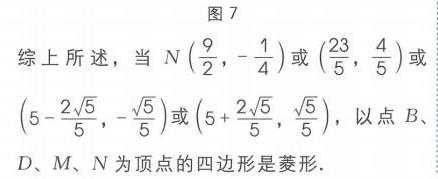
图7
综上所述，当\(N(\frac{9}{2},-\frac{1}{4})\)或\((\frac{23}{5},\frac{4}{5})\)或\((5 - \frac{2\sqrt{5}}{5},-\frac{\sqrt{5}}{5})\)或\((5+\frac{2\sqrt{5}}{5},\frac{\sqrt{5}}{5})\)，以点\(B、D、M、N\)为顶点的四边形是菱形.